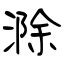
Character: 滁